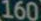
160